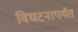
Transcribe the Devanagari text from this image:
विघटनापर्यंत